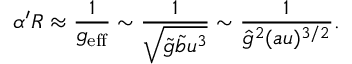
\alpha ^ { \prime } R \approx \frac { 1 } { g _ { \mathrm { e f f } } } \sim \frac { 1 } { \sqrt { \tilde { g } \tilde { b } u ^ { 3 } } } \sim \frac { 1 } { { \hat { g } } ^ { 2 } ( a u ) ^ { 3 / 2 } } .